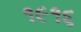
૧૯૧૬